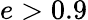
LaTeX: e>0.9